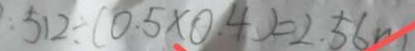
: 5 1 2 \div ( 0 . 5 \times 0 . 4 ) = 2 . 5 6 m